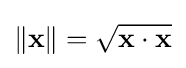
\|\mathbf {x} \|={\sqrt {\mathbf {x} \cdot \mathbf {x} }}